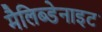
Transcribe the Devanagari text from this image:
मैलिब्डेनाइट